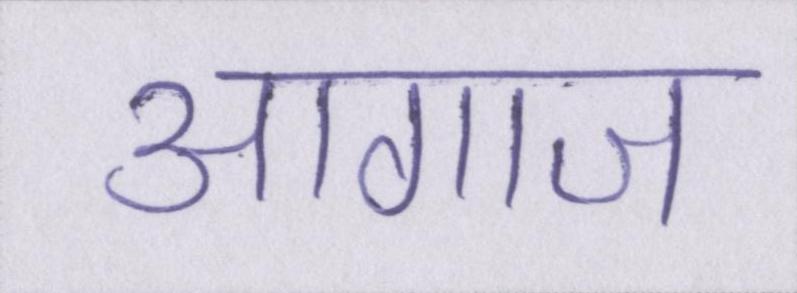
आगाज